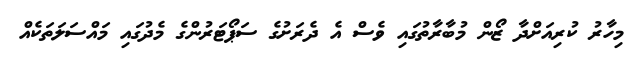
މިހާރު ކުރިއަށްދާ ޒޯން މުބާރާތުގައި ވެސް އެ ދެރަށުގެ ސަޕޯޓަރުންގެ މެދުގައި މައްސަލަތަކެއް